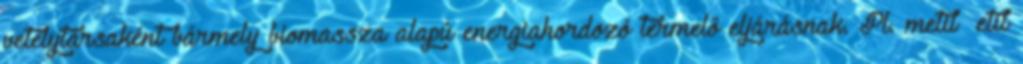
vetélytársaként bármely biomassza alapú energiahordozó termelő eljárásnak. Pl. metil etil